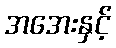
အအေးနှင့်